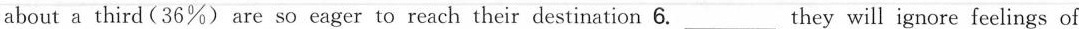
about a third (36%) are so eager to reach their destination 6. ___ They will ignore feelings of